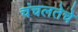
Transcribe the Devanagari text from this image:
चंचलतेचे